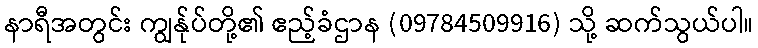
နာရီအတွင်း ကျွန်ုပ်တို့၏ ဧည့်ခံဌာန (09784509916) သို့ ဆက်သွယ်ပါ။